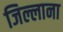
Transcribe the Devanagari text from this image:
जिल्लाना